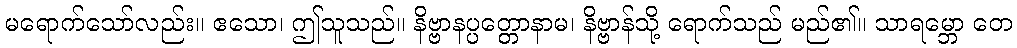
မရောက်သော်လည်း။ ဧသော၊ ဤသူသည်။ နိဗ္ဗာနပ္ပတ္တောနာမ၊ နိဗ္ဗာန်သို့ ရောက်သည် မည်၏။ သာရမ္ဘော တေ